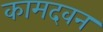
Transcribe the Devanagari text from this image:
कामदवन